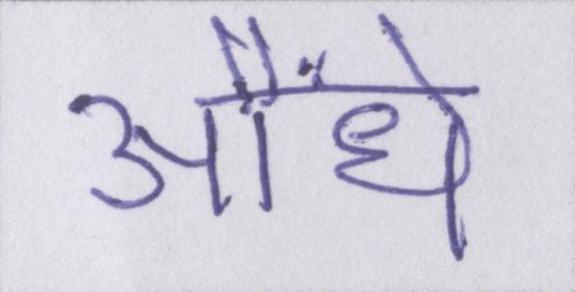
औंधे